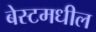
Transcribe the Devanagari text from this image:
बेस्टमधील